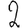
Digit: 2